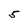
Character: 5